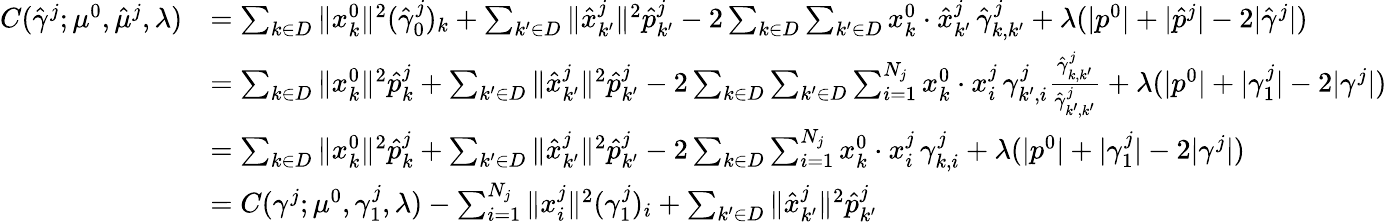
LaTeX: \begin{array}{rl}{C(\hat{\gamma}^{j};\mu^{0},\hat{\mu}^{j},\lambda)}&{=\sum_{k\in D}\| x_{k}^{0}\| ^{2}(\hat{\gamma}_{0}^{j})_{k}+\sum_{k^{\prime}\in D}\| \hat{x}_{k^{\prime}}^{j}\| ^{2}\hat{p}_{k^{\prime}}^{j}-2\sum_{k\in D}\sum_{k^{\prime}\in D}x_{k}^{0}\cdot\hat{x}_{k^{\prime}}^{j}\, \hat{\gamma}_{k,k^{\prime}}^{j}+\lambda(|p^{0}|+|\hat{p}^{j}|-2|\hat{\gamma}^{j}|)}\\ &{=\sum_{k\in D}\| x_{k}^{0}\| ^{2}\hat{p}_{k}^{j}+\sum_{k^{\prime}\in D}\| \hat{x}_{k^{\prime}}^{j}\| ^{2}\hat{p}_{k^{\prime}}^{j}-2\sum_{k\in D}\sum_{k^{\prime}\in D}\sum_{i=1}^{N_{j}}x_{k}^{0}\cdot x_{i}^{j}\, \gamma_{k^{\prime},i}^{j}\frac{\hat{\gamma}_{k,k^{\prime}}^{j}}{\hat{\gamma}_{k^{\prime},k^{\prime}}^{j}}+\lambda(|p^{0}|+|\gamma_{1}^{j}|-2|\gamma^{j}|)}\\ &{=\sum_{k\in D}\| x_{k}^{0}\| ^{2}\hat{p}_{k}^{j}+\sum_{k^{\prime}\in D}\| \hat{x}_{k^{\prime}}^{j}\| ^{2}\hat{p}_{k^{\prime}}^{j}-2\sum_{k\in D}\sum_{i=1}^{N_{j}}x_{k}^{0}\cdot x_{i}^{j}\, \gamma_{k,i}^{j}+\lambda(|p^{0}|+|\gamma_{1}^{j}|-2|\gamma^{j}|)}\\ &{=C(\gamma^{j};\mu^{0},\gamma_{1}^{j},\lambda)-\sum_{i=1}^{N_{j}}\| x_{i}^{j}\| ^{2}(\gamma_{1}^{j})_{i}+\sum_{k^{\prime}\in D}\| \hat{x}_{k^{\prime}}^{j}\| ^{2}\hat{p}_{k^{\prime}}^{j}}\end{array}